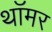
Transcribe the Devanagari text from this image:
थॉमर